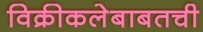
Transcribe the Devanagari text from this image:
विक्रीकलेबाबतची